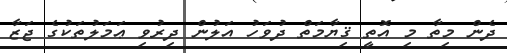
ދެން މިތާ މި އޮތީ ޤިޔާމަތް ދުވަހު އަލުން ދިރުވި ޢަމަލުތަކުގެ ޖަޒާ